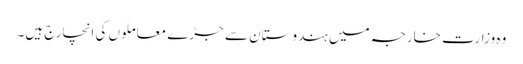
وہ وزارت خارجہ میں ہندوستان سے جڑے معاملوں کی انچارج ہیں۔